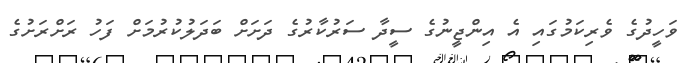
ވަހީދުގެ ވެރިކަމުގައި އެ އިންޖީނުގެ ސީދާ ސަރުކާރުގެ ދަށަށް ބަދަލުކުރުމަށް ފަހު ރަށްރަށުގެ